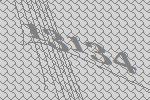
13134